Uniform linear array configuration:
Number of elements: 16
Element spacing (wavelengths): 0.75
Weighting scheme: exponential
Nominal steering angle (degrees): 60
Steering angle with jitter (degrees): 58.72
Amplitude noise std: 0.05
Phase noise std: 0.05

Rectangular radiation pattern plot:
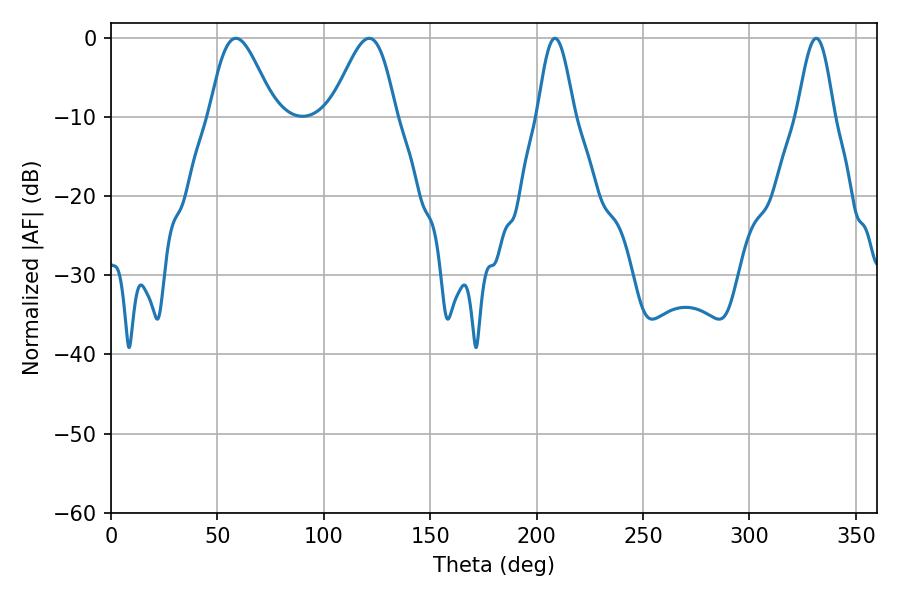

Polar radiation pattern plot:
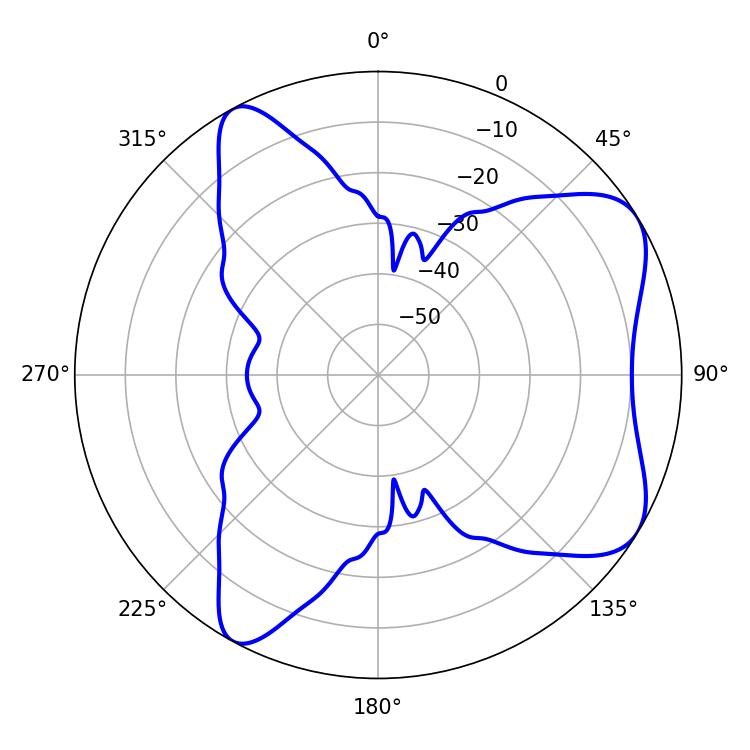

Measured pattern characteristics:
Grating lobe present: TRUE
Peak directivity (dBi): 6.875
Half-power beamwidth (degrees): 9.18
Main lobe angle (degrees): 208.62